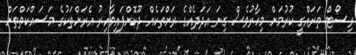
ރިސޯޓް ތަރައްގީ ކުރުމަށް މިހާރުވެސް ގިނަ އަދަދެއްގެ ރަށްތަކެއް ދޫކޮށްފައިވާއިރު އެރަށްތަކުގެ މަސައްކަތްތަށް